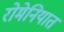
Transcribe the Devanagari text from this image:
रोमेनियात